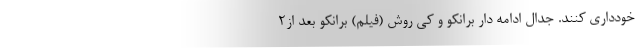
خودداری کنند. جدال ادامه دار برانکو و کی روش (فیلم) برانکو بعد از۲